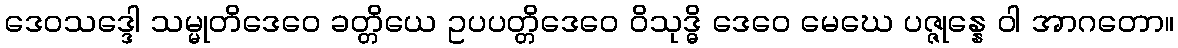
ဒေဝသဒ္ဒေါ သမ္မုတိဒေဝေ ခတ္တိယေ ဥပပတ္တိဒေဝေ ဝိသုဒ္ဓိ ဒေဝေ မေဃေ ပဇ္ဇုန္နေ ဝါ အာဂတော။